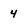
Character: 4